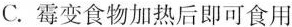
C.霉变食物加热后即可食用